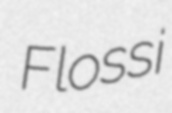
Flossi